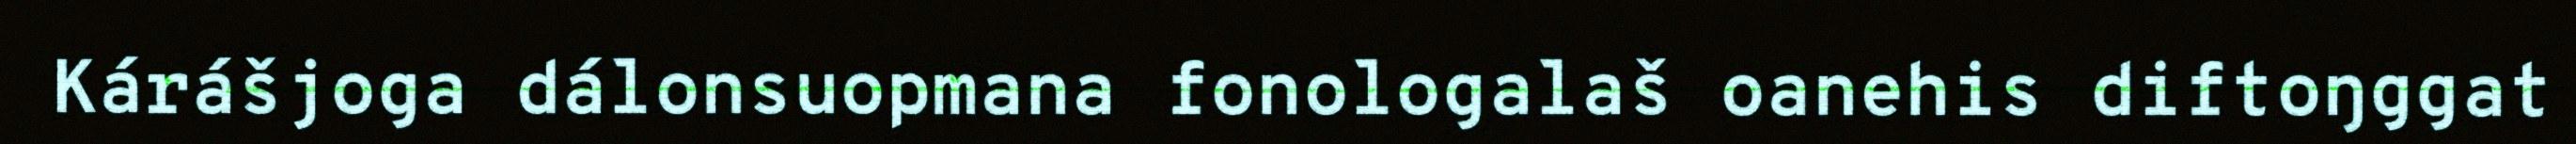
Kárášjoga dálonsuopmana fonologalaš oanehis diftoŋggat